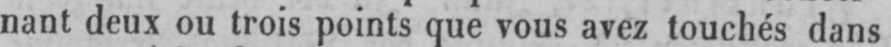
nant deux ou trois points que vous avez touchés dans